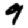
Digit: 9